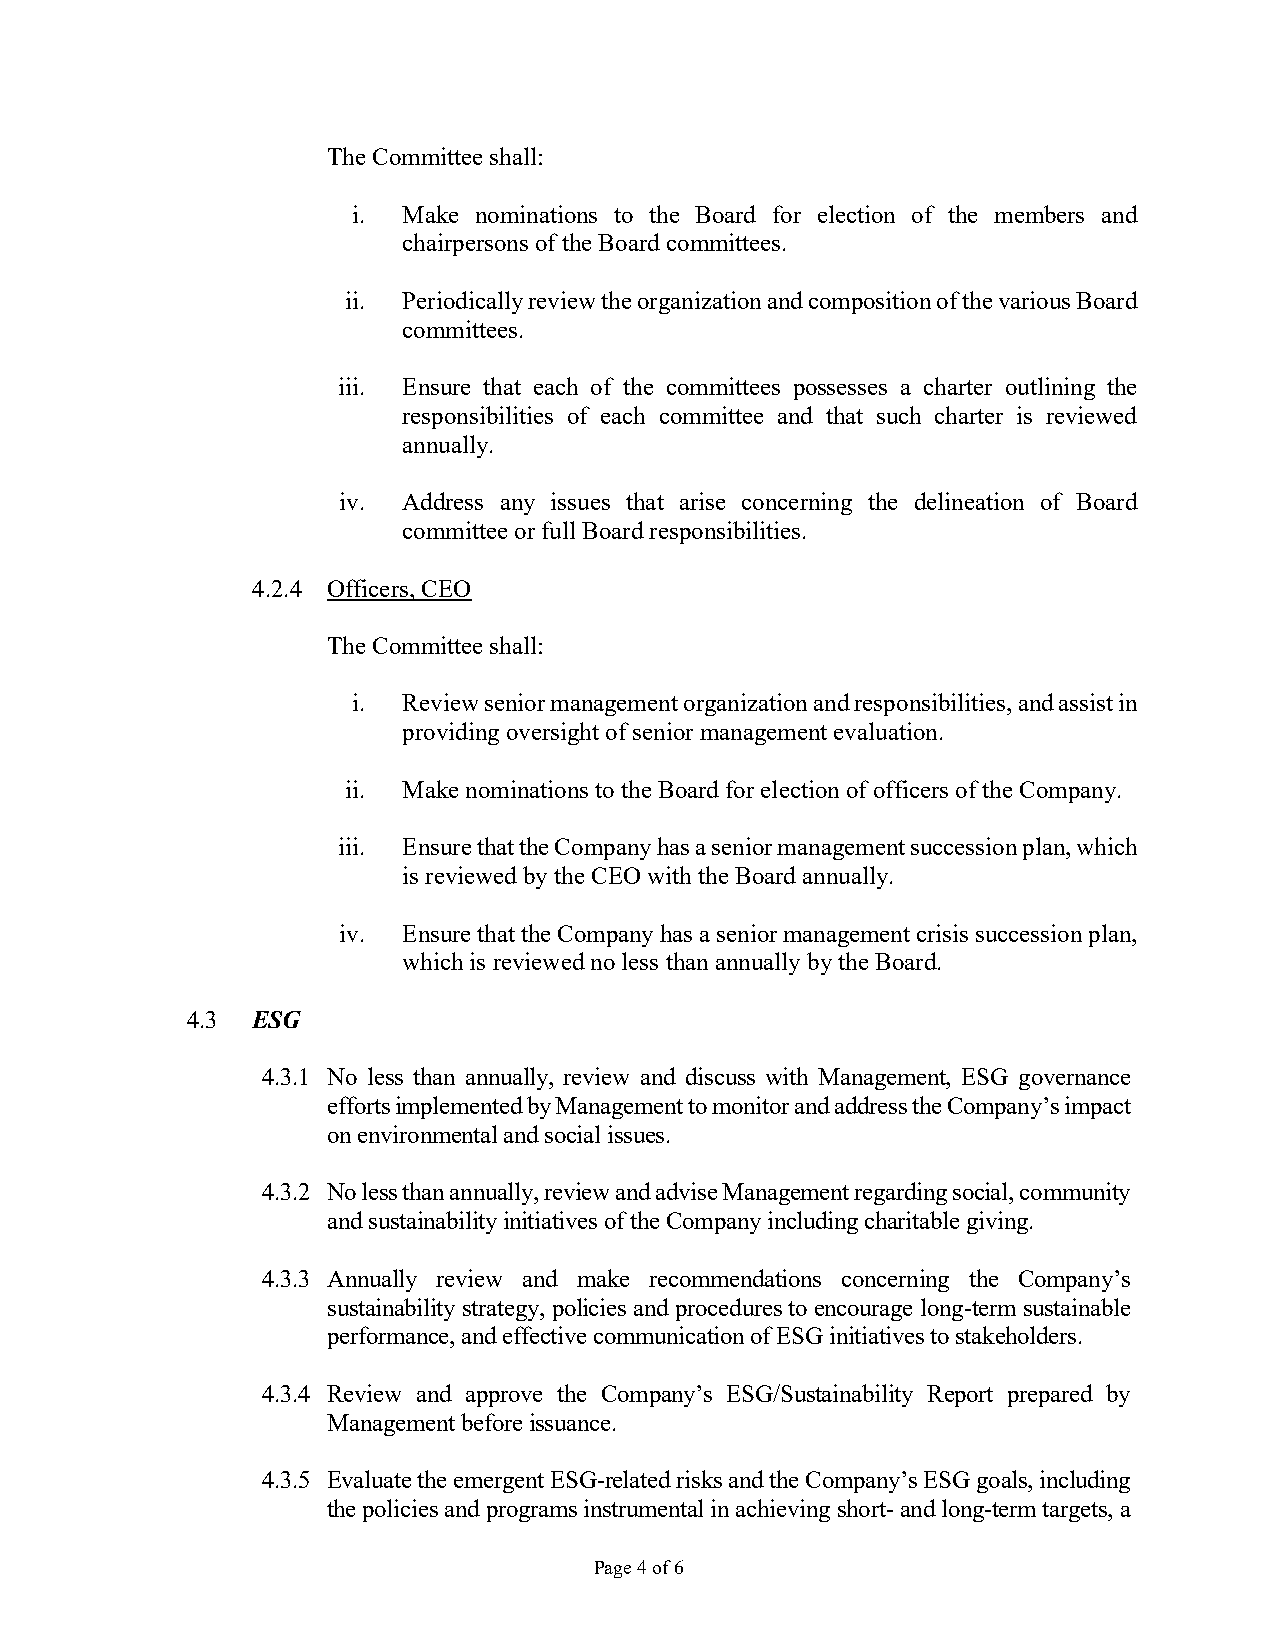
The Committee shall:
 i.  Make nominations to the Board for election of the members and
 chairpersons of the Board committees.
 ii. Periodically review the organization and composition of the various Board
 committees.
 iii. Ensure that each of the committees possesses a charter outlining the
 responsibilities of each committee and that such charter is reviewed
 annually.
 iv.  Address any issues that arise concerning the delineation of Board
 committee or full Board responsibilities.
 4.2.4 Officers, CEO
 The Committee shall:
 i.  Review senior management organization and responsibilities, and assist in
 providing oversight of senior management evaluation.
 ii. Make nominations to the Board for election of officers of the Company.
 iii. Ensure that the Company has a senior management succession plan, which
 is reviewed by the CEO with the Board annually.
 iv.  Ensure that the Company has a senior management crisis succession plan,
 which is reviewed no less than annually by the Board.
 4.3  ESG
 4.3.1 No less than annually, review and discuss with Management, ESG governance
 efforts implemented by Management to monitor and address the Company’s impact
 on environmental and social issues.
 4.3.2 No less than annually, review and advise Management regarding social, community
 and sustainability initiatives of the Company including charitable giving.
 4.3.3 Annually review and make recommendations concerning the Company’s
 sustainability strategy, policies and procedures to encourage long-term sustainable
 performance, and effective communication of ESG initiatives to stakeholders.
 4.3.4 Review and approve the Company’s ESG/Sustainability Report prepared by
 Management before issuance.
 4.3.5 Evaluate the emergent ESG-related risks and the Company’s ESG goals, including
 the policies and programs instrumental in achieving short- and long-term targets, a
 Page 4 of 6